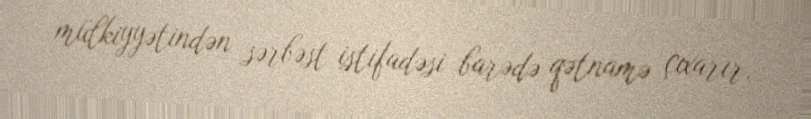
mülkiyyətindən sərbəst istifadəsi barədə qətnamə çıxarır.